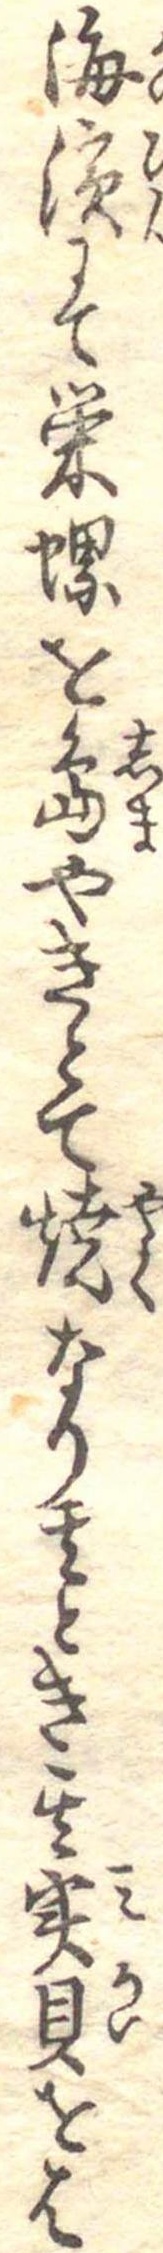
海浜にて栄螺を島やきとて焼なり其とき其実貝をは